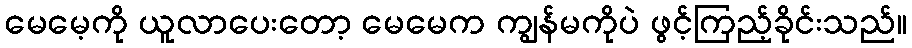
မေမေ့ကို ယူလာပေးတော့ မေမေက ကျွန်မကိုပဲ ဖွင့်ကြည့်ခိုင်းသည်။